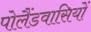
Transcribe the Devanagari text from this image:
पोलैंडवासियों